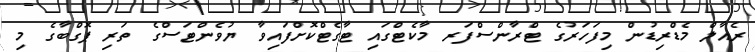
ރެއާލް މެޑްރިޑުން މިފަހަރުގެ ޓްރާންސްފަރ މާކެޓްގައި ޓާގެޓްކޮށްފައިވާ ޔުވެންޓަސްގެ ތަރި ޕޮގްބާގެ މި